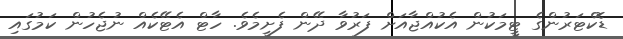
ޑޮކްޓަރުންގެ ޓީމަކުން އެކުއްޖާއަށް ފަރުވާ ދޭން ފެށީމެވެ. ހާޓް އެޓޭކެއް ނުޖެހުން ކަމުގައި